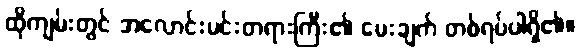
ထိုကျမ်းတွင် အလောင်းမင်းတရားကြီး၏ မေးချက် တစ်ရပ်ပါရှိ၏။